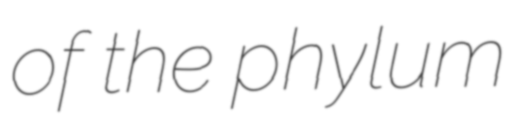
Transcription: of the phylum